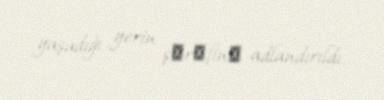
yaşadığı yerin şәrәfinә adlandırıldı.